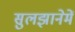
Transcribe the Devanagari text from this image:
सुलझानेमें